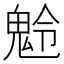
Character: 𩲩